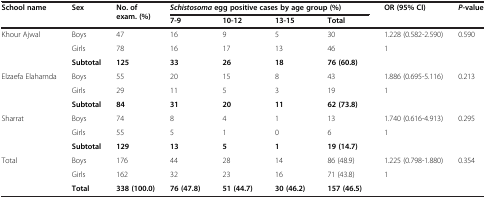
| <ROWSPAN=2> School name | <ROWSPAN=2> Sex | <ROWSPAN=2> No. of exam. (%) | <COLSPAN=4> Schistosomaegg positive cases by age group (%) | <ROWSPAN=2> OR (95% CI) | <ROWSPAN=2> P-value |
 | 7-9 | 10-12 | 13-15 | Total |
 | --- | --- | --- | --- | --- | --- | --- | --- | --- |
 | <ROWSPAN=3> Khour Ajwal | Boys | 47 | 16 | 9 | 5 | 30 | 1.228 (0.582-2.590) | 0.590 |
 | Girls | 78 | 16 | 17 | 13 | 46 | 1 |  |
 | Subtotal | 125 | 33 | 26 | 18 | 76 (60.8) |  |  |
 | <ROWSPAN=3> Elzaefa Elahamda | Boys | 55 | 20 | 15 | 8 | 43 | 1.886 (0.695-5.116) | 0.213 |
 | Girls | 29 | 11 | 5 | 3 | 19 | 1 |  |
 | Subtotal | 84 | 31 | 20 | 11 | 62 (73.8) |  |  |
 | <ROWSPAN=3> Sharrat | Boys | 74 | 8 | 4 | 1 | 13 | 1.740 (0.616-4.913) | 0.295 |
 | Girls | 55 | 5 | 1 | 0 | 6 | 1 |  |
 | Subtotal | 129 | 13 | 5 | 1 | 19 (14.7) |  |  |
 | <ROWSPAN=3> Total | Boys | 176 | 44 | 28 | 14 | 86 (48.9) | 1.225 (0.798-1.880) | 0.354 |
 | Girls | 162 | 32 | 23 | 16 | 71 (43.8) | 1 |  |
 | Total | 338 (100.0) | 76 (47.8) | 51 (44.7) | 30 (46.2) | 157 (46.5) |  |  |